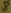
Text: 8